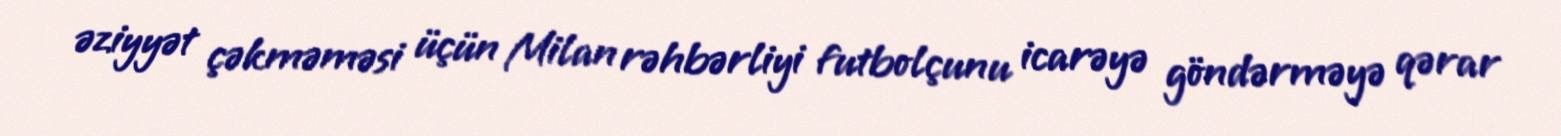
əziyyət çəkməməsi üçün Milan rəhbərliyi futbolçunu icarəyə göndərməyə qərar